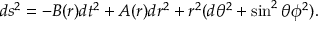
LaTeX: d { s } ^ { 2 } = - B ( r ) d { t } ^ { 2 } + A ( r ) d r ^ { 2 } + r ^ { 2 } ( d \theta ^ { 2 } + \sin ^ { 2 } \theta \phi ^ { 2 } ) .